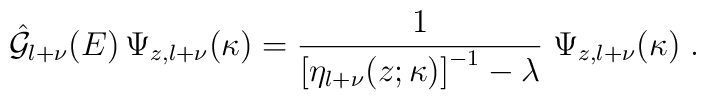
\hat{ {\mathcal G}}_{l+\nu} (E)\,\Psi_{z,l+\nu} (\kappa)=\frac{1}{  \left[ \eta_{l+\nu}(z;\kappa) \right]^{-1} -  \lambda}\;\Psi_{z,l+\nu} (\kappa)\;   .